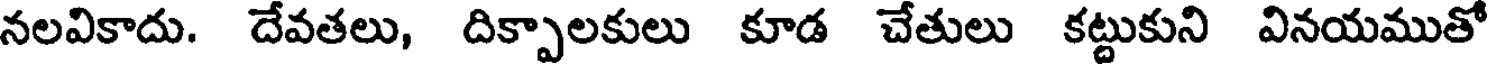
నలవికాదు. దేవతలు, దిక్పాలకులు కూడ చేతులు కట్టుకుని వినయముతో